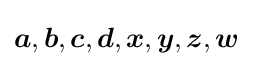
{\boldsymbol {a}},{\boldsymbol {b}},{\boldsymbol {c}},{\boldsymbol {d}},{\boldsymbol {x}},{\boldsymbol {y}},{\boldsymbol {z}},{\boldsymbol {w}}